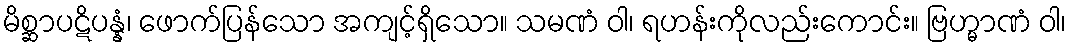
မိစ္ဆာပဋိပန္နံ၊ ဖောက်ပြန်သော အကျင့်ရှိသော။ သမဏံ ဝါ၊ ရဟန်းကိုလည်းကောင်း။ ဗြဟ္မာဏံ ဝါ၊